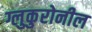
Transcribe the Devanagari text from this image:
ग्लुकुरोनील